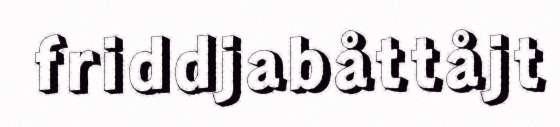
friddjabåttåjt